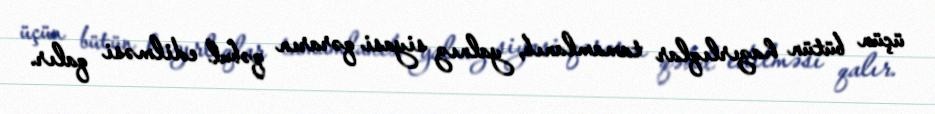
üçün bütün hazırlıqlar tamamlanıb, yalnız siyasi qərarın qəbul edilməsi qalır.